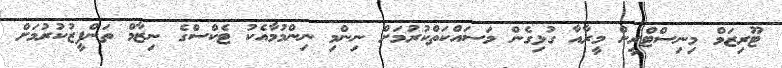
ޓޫރިޒަމް މިނިސްޓްރީން މީރާއާ ގުޅިގެން މަސައްކަތްކުރުމަށް ނިންމި ނިންމުމާއެކު ޓެކްސްގެ ނިޒާމް ތަންފީޒުކުރުމަށް